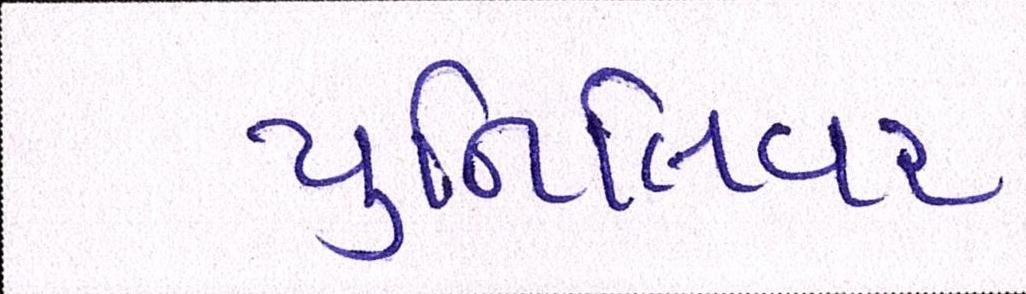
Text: યુનિલિવર